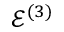
\mathcal { E } ^ { ( 3 ) }